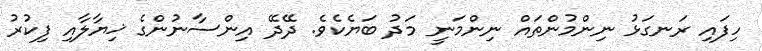
ހިފައި ރަނގަޅު ނިންމުންތައް ނިންމަނީ މަދު ބަޔެކެވެ. ދޭދޭ އިންސާނުންގެ ޚިޔާލާއި ފިކުރު